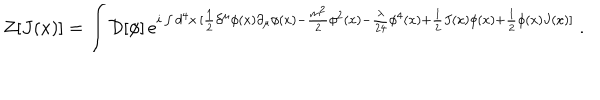
Z [ J ( x ) ] = \int { \mathcal D } [ \phi ] \, e ^ { i \int d ^ { 4 } x \, [ \frac { 1 } { 2 } \partial ^ { \mu } \phi ( x ) \partial _ { \mu } \phi ( x ) - \frac { m ^ { 2 } } { 2 } \phi ^ { 2 } ( x ) - \frac { \lambda } { 2 4 } \phi ^ { 4 } ( x ) + \frac { 1 } { 2 } J ( x ) \phi ( x ) + \frac { 1 } { 2 } \phi ( x ) J ( x ) ] } ~ .